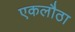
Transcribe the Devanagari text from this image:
एकलौठा